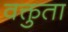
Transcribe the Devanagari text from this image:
वक्तुता